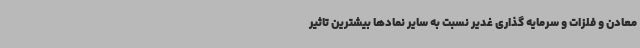
معادن و فلزات و سرمایه گذاری غدیر نسبت به سایر نمادها بیشترین تاثیر